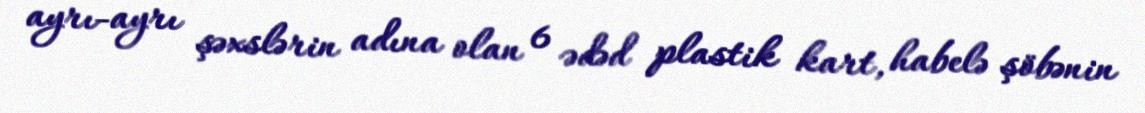
ayrı-ayrı şəxslərin adına olan 6 ədəd plastik kart, habelə şöbənin